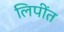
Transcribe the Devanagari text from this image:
लिपींत